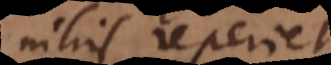
nihil reperiet